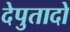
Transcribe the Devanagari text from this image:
देपुतादो